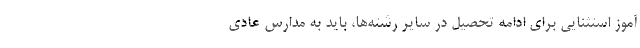
آموز استثنایی برای ادامه تحصیل در سایر رشته‌ها، باید به مدارس عادی